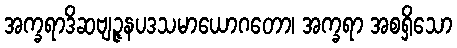
အက္ခရာဒိဆဗျဉ္ဇနပဒသမာယောဂတော၊ အက္ခရာ အစရှိသော